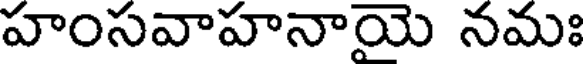
హంసవాహనాయె నమః